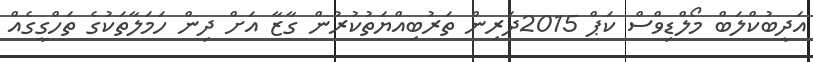
އަދީބުކްލަބް މޯލްޑިވްސް ކަޕް 2015ދަރިން ތަރުބިއްޔަތުކުރުން ގާޒާ އަށް ދިން ހަމަލާތަކުގެ ތަހްގީގެއް